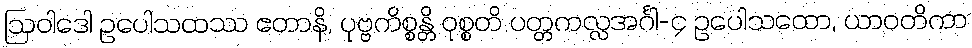
ဩဝါဒေါ ဥပေါသထဿ ဧတာနိ, ပုဗ္ဗကိစ္စန္တိ ဝုစ္စတိ ပတ္တကလ္လအင်္ဂါ-၄ ဥပေါသထော, ယာဝတိကာ